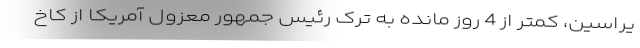
یراسین، کمتر از 4 روز مانده به ترک رئیس جمهور معزول آمریکا از کاخ